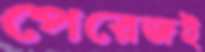
পেরেজই